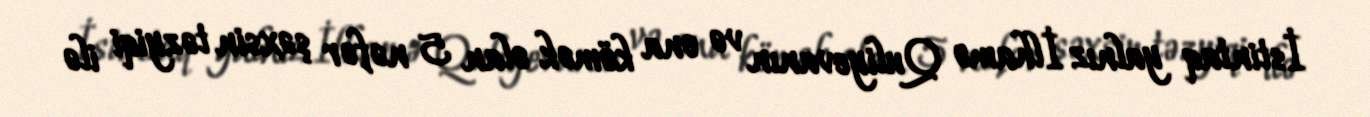
İstintaq yalnız İlhamə Quliyevanın və ona kömək olan 5 nəfər şəxsin təzyiqi ilə